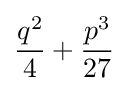
{\frac {q^{2}}{4}}+{\frac {p^{3}}{27}}